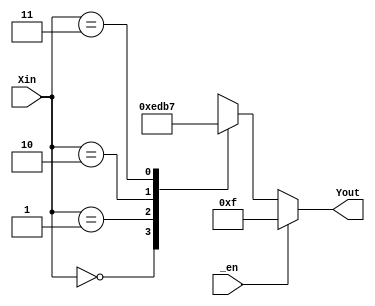
`timescale 1ns / 1ps
//////////////////////////////////////////////////////////////////////////////////
// Company: 
// Engineer: 
// 
// Design Name: 
// Module Name: dec_2to4_bv
// Project Name: 
// Target Devices: 
// Tool Versions: 
// Description: 
// 
// Dependencies: 
// 
// Revision:
// Revision 0.01 - File Created
// Additional Comments:
// 
//////////////////////////////////////////////////////////////////////////////////


module dec_2to4_bv(input [1:0] Xin,
                   input _en,
                   output reg [3:0] Yout);
                       
    always @(Xin, _en) begin
        if( !_en)
            case(Xin)
              2'b00: Yout = 4'b1110;
              2'b01: Yout = 4'b1101;
              2'b10: Yout = 4'b1011;
              2'b11: Yout = 4'b0111;
            endcase
        else Yout = 4'b1111;
    end
endmodule